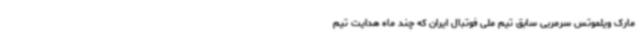
مارک ویلموتس سرمربی سابق تیم ملی فوتبال ایران که چند ماه هدایت تیم